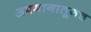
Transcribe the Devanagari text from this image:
अपमानातूनच